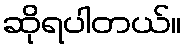
ဆိုရပါတယ်။